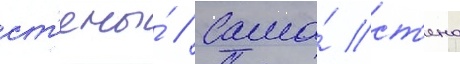
ст'ены́ // Сама́ ст'ена